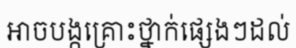
អាចបង្កគ្រោះថ្នាក់ផ្សេងៗដល់